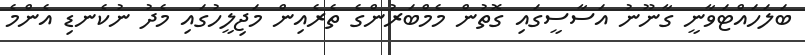
ބަލަހައްޓަވާނީ ގާނޫނު އަސާސީގައި ގޮތުން މެމްބަރުންގެ ތެރެއިން މަޖިލީހުގައި މެދު ނުކެނޑި އެންމެ